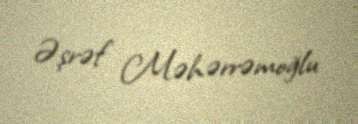
Əşrəf Məhərrəmoğlu